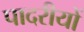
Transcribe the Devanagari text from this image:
पादरीयों